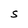
Character: S